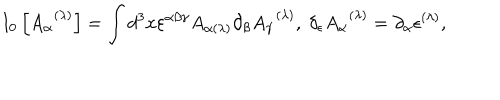
I _ { 0 } \left[ A _ { \alpha } ^ { \; \; ( \lambda ) } \right] = \int d ^ { 3 } x \varepsilon ^ { \alpha \beta \gamma } A _ { \alpha ( \lambda ) } \partial _ { \beta } A _ { \gamma } ^ { \; \; ( \lambda ) } , \; \delta _ { \epsilon } A _ { \alpha } ^ { \; \; ( \lambda ) } = \partial _ { \alpha } \epsilon ^ { ( \lambda ) } ,